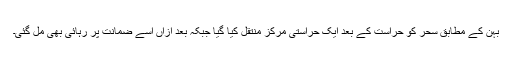
بہن کے مطابق سحر کو حراست کے بعد ایک حراستی مرکز منتقل کيا گيا جبکہ بعد ازاں اسے ضمانت پر رہائی بھی مل گئی۔